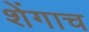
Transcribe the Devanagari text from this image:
शेंगाच